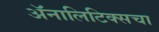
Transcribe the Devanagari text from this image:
ॲनालिटिक्सचा